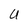
Character: U